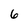
Character: 6